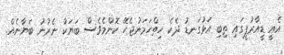
އެއީ ޑީއާރުޕީގައި ތިބި އަޅުގަނޑު ދެކެ ހިތްހަމަނުޖެހޭ ކޮންމެވެސް ބަޔަކު ނެރުނު ބަޔާނެއް.